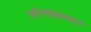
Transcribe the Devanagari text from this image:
सांभाळणार